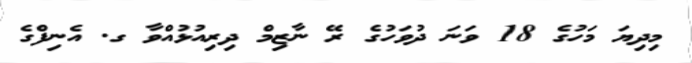
މިދިޔަ މަހުގެ 18 ވަނަ ދުވަހުގެ ރޭ ނާޒިމް ދިރިއުޅުއްވާ ގ. އެނިފްގެ